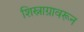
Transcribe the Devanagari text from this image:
शिस्नाग्रावरून